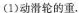
1)动滑轮的重。